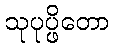
သုပုပ္ဖိတော